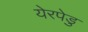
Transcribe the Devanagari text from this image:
येरपेडु